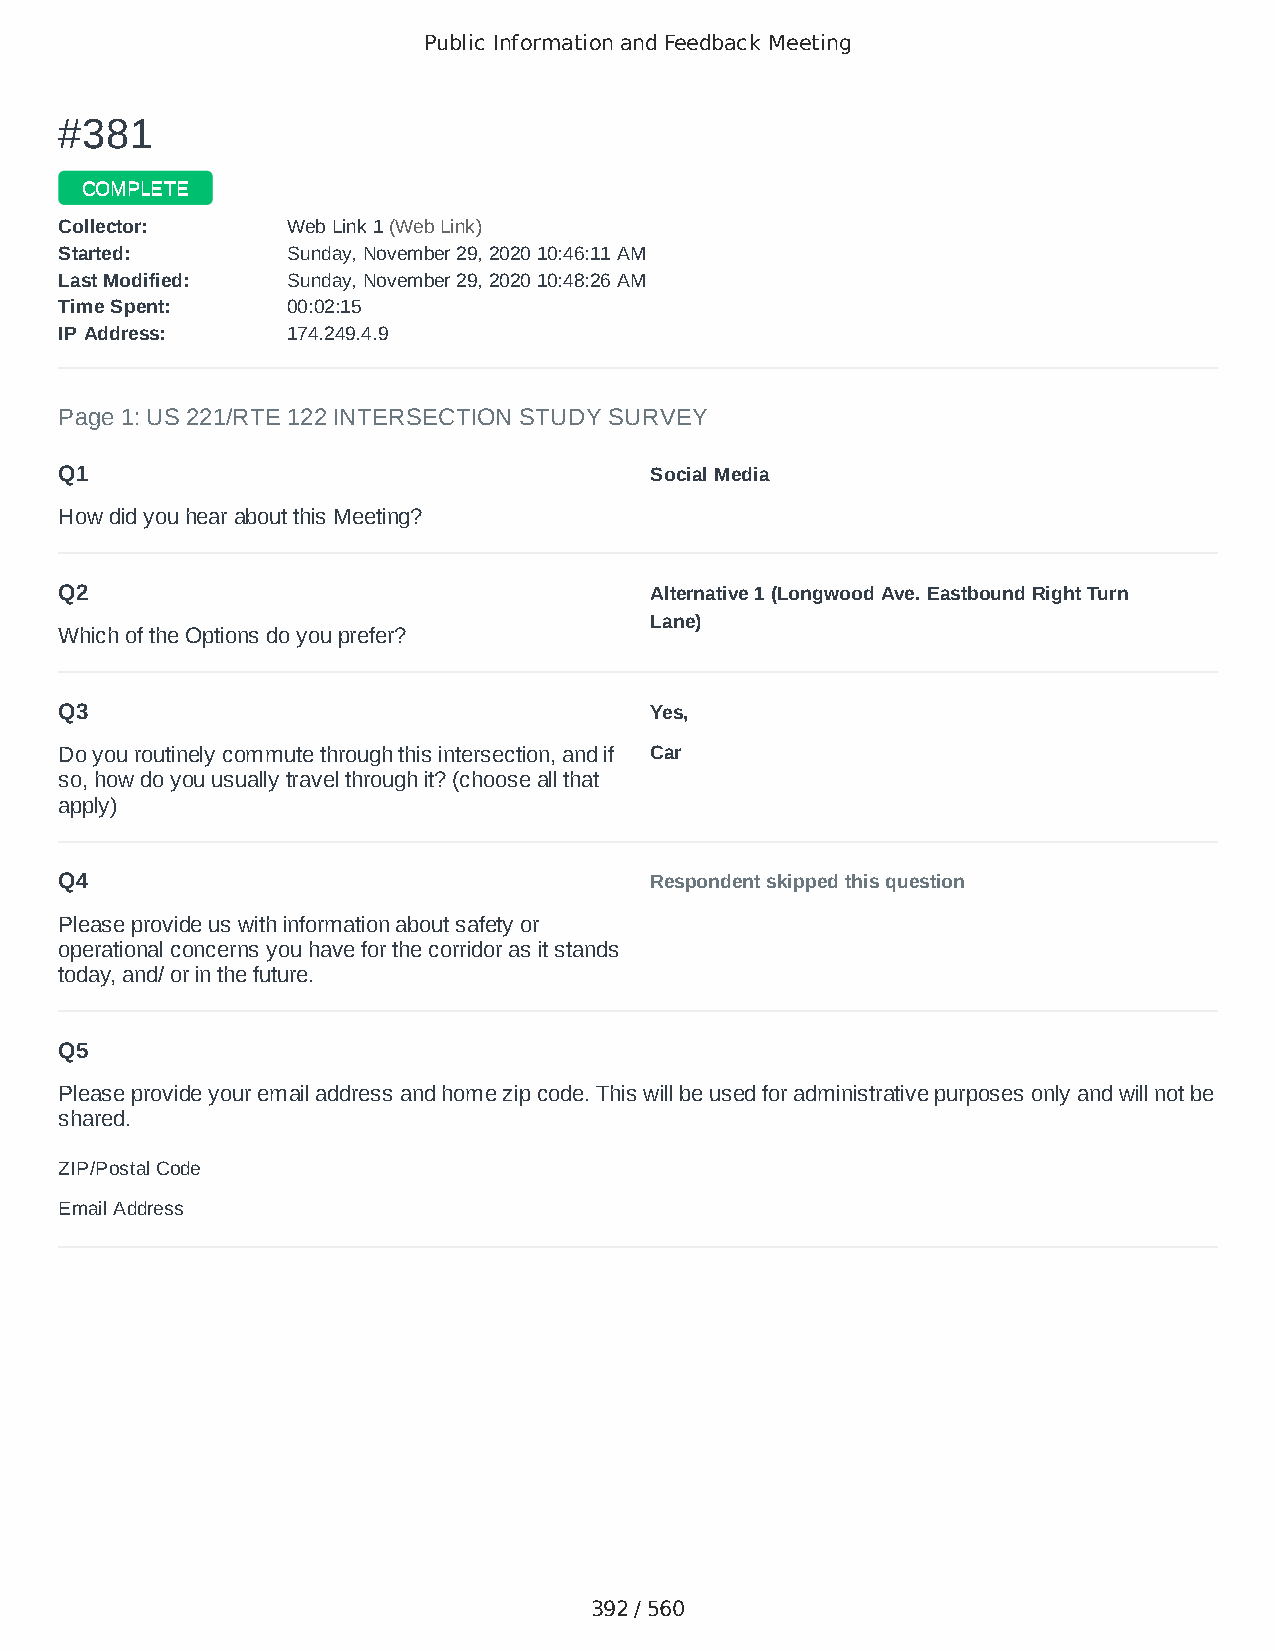
Public Information and Feedback Meeting
 ##338811
 CCOOMMPPLLEETTEE
 CCoolllleeccttoorr:: WWeebb LLiinnkk 11 ((WWeebb LLiinnkk))
 SSttaarrtteedd:: SSuunnddaayy,, NNoovveemmbbeerr 2299,, 22002200 1100::4466::1111 AAMM
 LLaasstt MMooddiiffiieedd:: SSuunnddaayy,, NNoovveemmbbeerr 2299,, 22002200 1100::4488::2266 AAMM
 TTiimmee SSppeenntt:: 0000::0022::1155
 IIPP AAddddrreessss:: 117744..224499..44..99
 Page 1: US 221/RTE 122 INTERSECTION STUDY SURVEY
 Q1                                     Social Media
 How did you hear about this Meeting?
 Q2                                     Alternative 1 (Longwood Ave. Eastbound Right Turn
 Lane)
 Which of the Options do you prefer?
 Q3                                     Yes,
 Do you routinely commute through this intersection, and if Car
 so, how do you usually travel through it? (choose all that
 apply)
 Q4                                     Respondent skipped this question
 Please provide us with information about safety or
 operational concerns you have for the corridor as it stands
 today, and/ or in the future.
 Q5
 Please provide your email address and home zip code. This will be used for administrative purposes only and will not be
 shared.
 ZIP/Postal Code                        24523
 Email Address                          C.browley@aol.com
 392 / 560